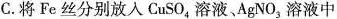
C. 将Fe丝分别放入CuSO_{4}溶液、AgNO_{3}溶液中